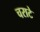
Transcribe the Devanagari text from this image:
चराटे